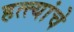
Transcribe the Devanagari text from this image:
हत्त्यांचे